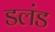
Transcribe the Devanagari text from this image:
डलंड